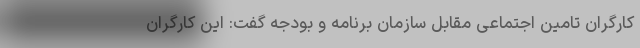
کارگران تامین اجتماعی مقابل سازمان برنامه و بودجه گفت: این کارگران